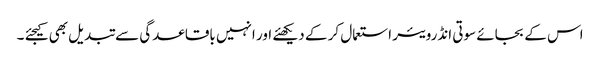
اس کے بجائے سوتی انڈرویئر استعمال کر کے دیکھئے اور انہیں باقاعدگی سے تبدیل بھی کیجئے ۔